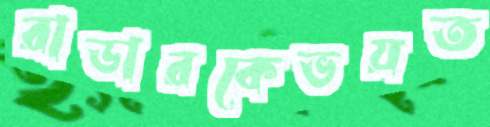
রাডারকেভয়ত